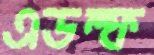
এডল্ফ